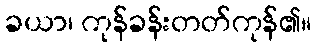
ခယာ၊ ကုန်ခန်းတတ်ကုန်၏။